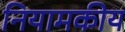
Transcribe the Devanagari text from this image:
नियामकीय